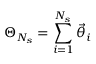
\Theta _ { N _ { s } } = \sum _ { i = 1 } ^ { N _ { s } } \vec { \theta } _ { i }